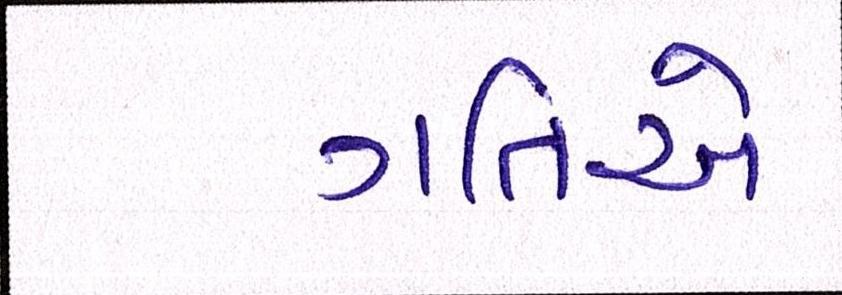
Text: ગતિએ